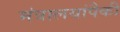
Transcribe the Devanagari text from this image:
मंत्रालयांपैकी